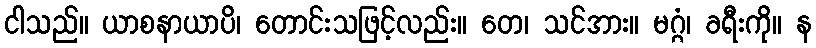
ငါသည်။ ယာစနာယာပိ၊ တောင်းသဖြင့်လည်း။ တေ၊ သင်အား။ မဂ္ဂံ၊ ခရီးကို။ န